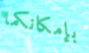
بإمكانكما